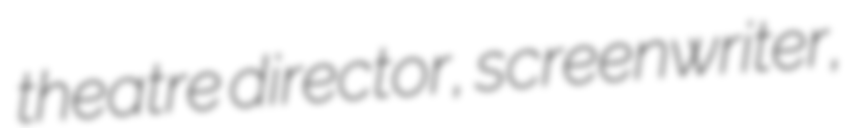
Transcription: theatre director, screenwriter,